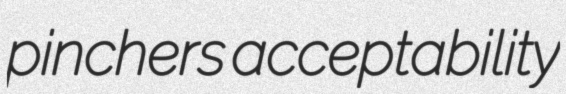
pinchers acceptability